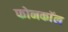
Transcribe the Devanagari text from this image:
फोनकाॅल